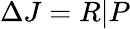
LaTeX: \Delta J=R|P